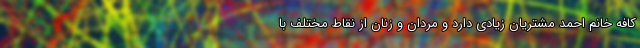
کافه خانم احمد مشتریان زیادی دارد و مردان و زنان از نقاط مختلف با